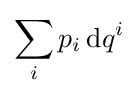
\sum _{i}p_{i}\,\mathrm {d} q^{i}